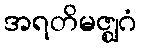
အရတိမဇ္ဈဂံ